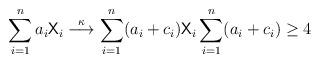
LaTeX: \begin{align*}\sum_{i=1}^na_i\mathsf{X}_i \stackrel{\kappa}{\longrightarrow} \sum_{i=1}^n(a_i+c_i)\mathsf{X}_i \sum_{i=1}^n(a_i+c_i)\geq 4\end{align*}